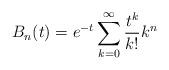
LaTeX: \begin{align*}B_n(t)=e^{-t}\sum_{k=0}^\infty\frac{t^k}{k!}k^n\end{align*}